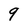
Character: 9